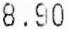
8.90